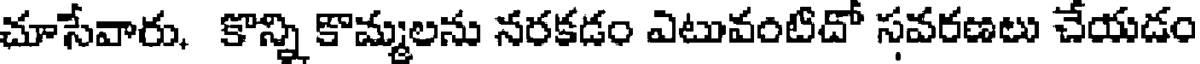
చూసేవారు, కొన్ని కొమ్మలను నరకడం ఎటువంటిదో సవరణలు చేయడం